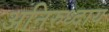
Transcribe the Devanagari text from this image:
अनिरुध्दाय